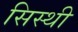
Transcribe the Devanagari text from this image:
सिस्थी